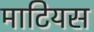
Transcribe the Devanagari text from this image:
माटियस